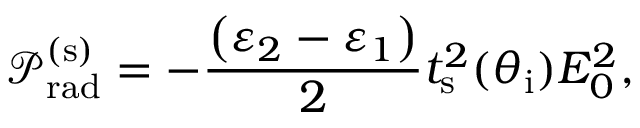
\mathcal { P } _ { \mathrm { r a d } } ^ { ( \mathrm { s } ) } = - \frac { \left( \varepsilon _ { 2 } - \varepsilon _ { 1 } \right) } { 2 } t _ { \mathrm { s } } ^ { 2 } ( \theta _ { \mathrm { i } } ) E _ { 0 } ^ { 2 } ,